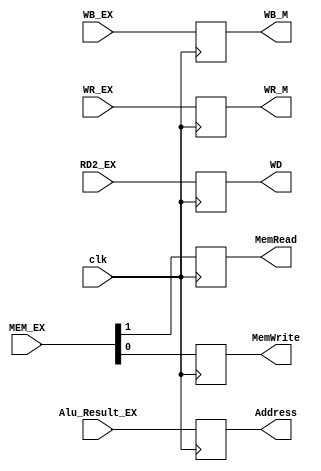
module EXMEM_Reg (WB_EX , MEM_EX , Alu_Result_EX , RD2_EX ,WR_EX, clk , WB_M , MemRead , MemWrite , Address ,WD , WR_M );

input  clk ;
input [1:0] WB_EX , MEM_EX ;
input [4:0] WR_EX;
input [31:0] Alu_Result_EX , RD2_EX ;

output reg MemRead , MemWrite;
output reg [1:0] WB_M;
output reg [4:0] WR_M;
output reg [31:0] Address ,WD;

always @ (posedge clk)
begin 

MemRead <= MEM_EX[1] ;
MemWrite <= MEM_EX[0] ;
WB_M <= WB_EX ;
WR_M <= WR_EX ;
Address <= Alu_Result_EX ;
WD <= RD2_EX ;

end
endmodule